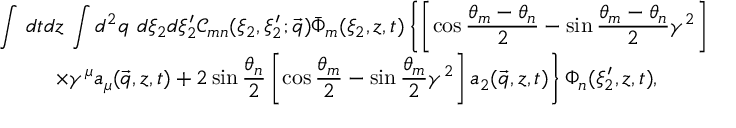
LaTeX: \begin{array} { c } { { { \displaystyle { \int \, d t d z \, \int d ^ { 2 } q \ d \xi _ { 2 } d \xi _ { 2 } ^ { \prime } { \mathcal { C } } _ { m n } ( \xi _ { 2 } , \xi _ { 2 } ^ { \prime } ; \vec { q } ) \bar { \Phi } _ { m } ( \xi _ { 2 } , z , t ) \left\{ \left[ \cos \frac { \theta _ { m } - \theta _ { n } } { 2 } - \sin \frac { \theta _ { m } - \theta _ { n } } { 2 } \gamma ^ { 2 } \right] \right. } } } } \\ { { { \displaystyle { \left. \times \gamma ^ { \mu } a _ { \mu } ( \vec { q } , z , t ) + 2 \sin \frac { \theta _ { n } } { 2 } \left[ \cos \frac { \theta _ { m } } { 2 } - \sin \frac { \theta _ { m } } { 2 } \gamma ^ { 2 } \right] a _ { 2 } ( \vec { q } , z , t ) \right\} \Phi _ { n } ( \xi _ { 2 } ^ { \prime } , z , t ) , } } } } \end{array}